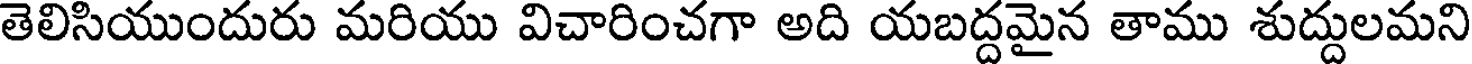
తెలిసియుందురు మరియు విచారించగా అది యబద్దమైన తాము శుద్దులమని